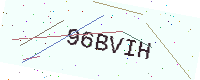
Text: 96BVIH